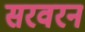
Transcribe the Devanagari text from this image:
सरवरन